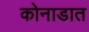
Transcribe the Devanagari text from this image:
कोनाडात